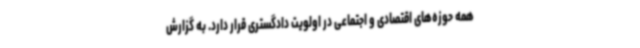
همه حوزه‌های اقتصادی و اجتماعی در اولویت دادگستری قرار دارد. به گزارش